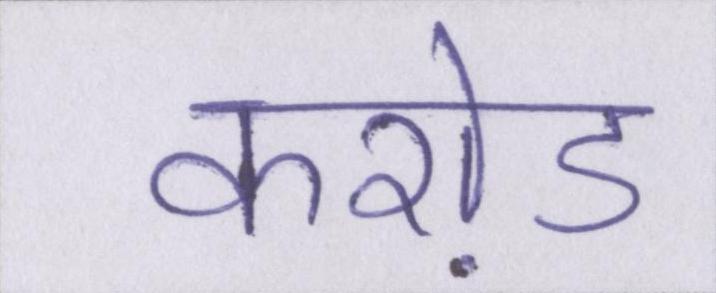
करो़ड